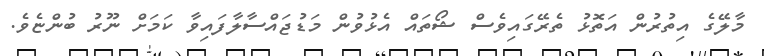
މާލޭގެ އިތުރުން އަތޮޅު ތެރޭގައިވެސް ޝޯތައް އެޅުވުން މަޑުޖައްސާލާފައިވާ ކަމަށް ނޫރު ބުންޏެވެ.